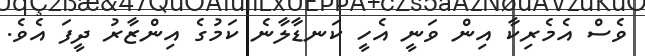
ވެސް އެމެރިކާ އިން ވަނީ އެހީ ކަނޑާލާނެ ކަމުގެ އިންޒާރު ދީފަ އެވެ.